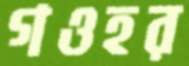
গওহর